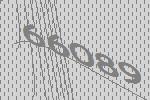
66089